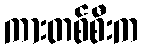
ကားတစ်စီးက